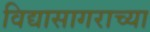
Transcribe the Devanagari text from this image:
विद्यासागराच्या